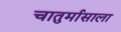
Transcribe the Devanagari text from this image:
चातुर्मासाला